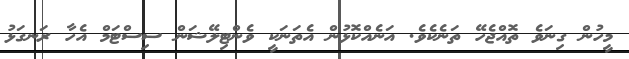
މީހުން ގިނަވެ ތޮއްޖެހޭ ތަނެކެވެ. އަނެއްކޮޅުން އެތަނަކީ ވެންޓިލޭޝަން ސިސްޓަމް އެހާ ރަނގަޅު